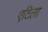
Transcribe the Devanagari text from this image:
एटिला